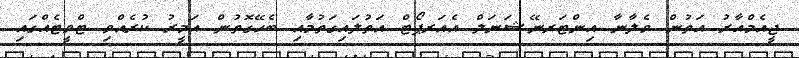
ޖީއެމްއާރު އަތުން ވެލާނާ އިންޓަރނޭޝަނަލް އެއަރޕޯޓް އަތުލައިގަތުމާއި ބެހޭގޮތުން އަމީރު ކުރެއްވި ޓްވީޓެއްގައި